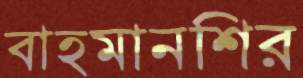
বাহমানশির